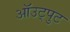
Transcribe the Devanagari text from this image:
ऑउट्पुट